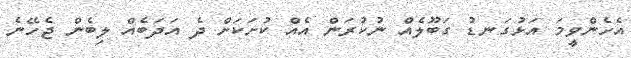
އެހެންވީމަ އަޅުގަނޑު ގަބޫލެއް ނުކުރަން އެއް ކުށަކަށް ދެ އަދަބެއް ލިބެން ޖެހޭނެ